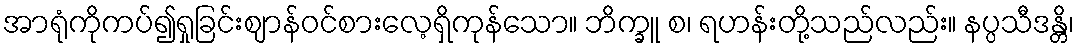
အာရုံကိုကပ်၍ရှုခြင်းဈာန်ဝင်စားလေ့ရှိကုန်သော။ ဘိက္ခူ စ၊ ရဟန်းတို့သည်လည်း။ နပ္ပသီဒန္တိ၊